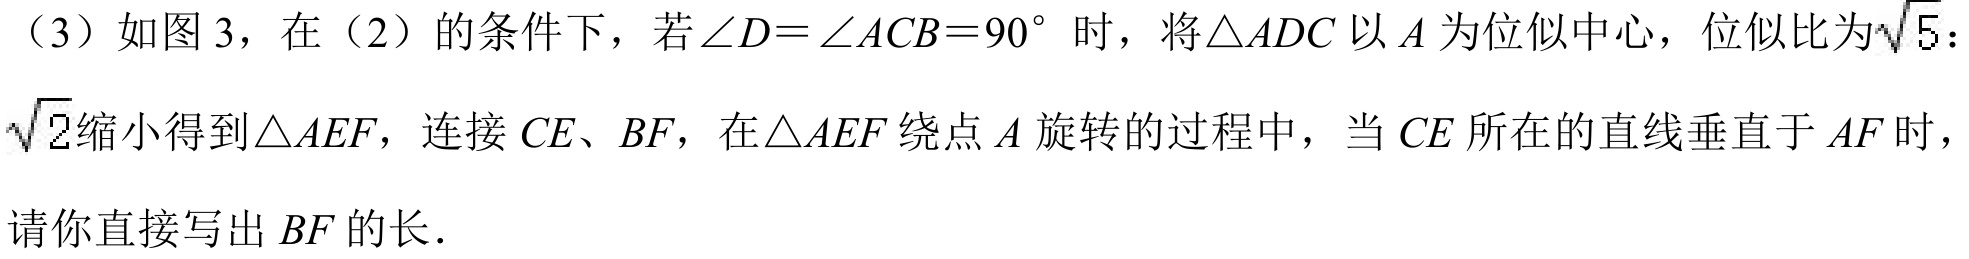
（3）如图 3，在（2）的条件下，若$\angle D=\angle ACB = 90^{\circ}$时，将$\triangle ADC$以$A$为位似中心，位似比为$\sqrt{5}: \sqrt{2}$缩小得到$\triangle AEF$，连接$CE$、$BF$，在$\triangle AEF$绕点$A$旋转的过程中，当$CE$所在的直线垂直于$AF$时，请你直接写出$BF$的长．